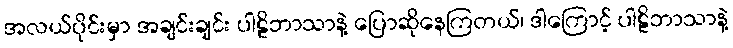
အလယ်ပိုင်းမှာ အချင်းချင်း ပါဠိဘာသာနဲ့ ပြောဆိုနေကြတယ်၊ ဒါကြောင့် ပါဠိဘာသာနဲ့